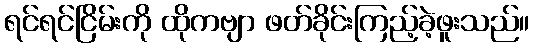
ရင်ရင်ငြိမ်းကို ထိုကဗျာ ဖတ်ခိုင်းကြည့်ခဲ့ဖူးသည်။